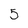
Character: 5